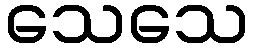
သေသေ